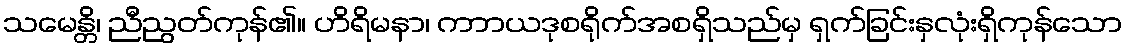
သမေန္တိ၊ ညီညွတ်ကုန်၏။ ဟိရိမနာ၊ ကာာယဒုစရိုက်အစရှိသည်မှ ရှက်ခြင်းနှလုံးရှိကုန်သော